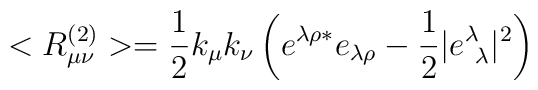
< R^{(2)}_{\mu \nu} > = \frac{1}{2} k_\mu k_\nu \left( e^{\lambda \rho *}e_{\lambda \rho} - \frac{1}{2} | e^\lambda_{\ \lambda} |^2 \right)